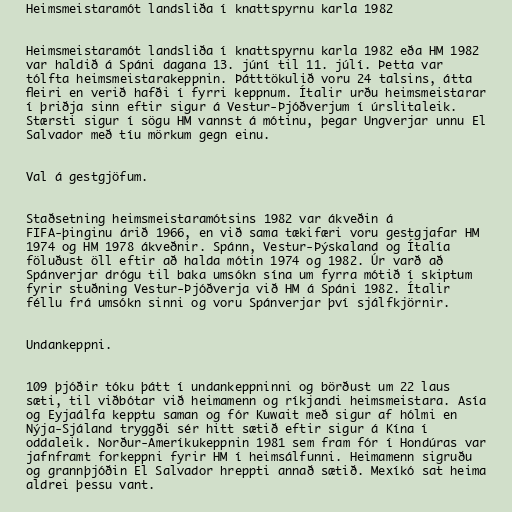
Heimsmeistaramót landsliða í knattspyrnu karla 1982

Heimsmeistaramót landsliða í knattspyrnu karla 1982 eða HM 1982
var haldið á Spáni dagana 13. júní til 11. júlí. Þetta var
tólfta heimsmeistarakeppnin. Þátttökulið voru 24 talsins, átta
fleiri en verið hafði í fyrri keppnum. Ítalir urðu heimsmeistarar
í þriðja sinn eftir sigur á Vestur-Þjóðverjum í úrslitaleik.
Stærsti sigur í sögu HM vannst á mótinu, þegar Ungverjar unnu El
Salvador með tíu mörkum gegn einu.

Val á gestgjöfum.

Staðsetning heimsmeistaramótsins 1982 var ákveðin á
FIFA-þinginu árið 1966, en við sama tækifæri voru gestgjafar HM
1974 og HM 1978 ákveðnir. Spánn, Vestur-Þýskaland og Ítalía
föluðust öll eftir að halda mótin 1974 og 1982. Úr varð að
Spánverjar drógu til baka umsókn sína um fyrra mótið í skiptum
fyrir stuðning Vestur-Þjóðverja við HM á Spáni 1982. Ítalir
féllu frá umsókn sinni og voru Spánverjar því sjálfkjörnir.

Undankeppni.

109 þjóðir tóku þátt í undankeppninni og börðust um 22 laus
sæti, til viðbótar við heimamenn og ríkjandi heimsmeistara. Asía
og Eyjaálfa kepptu saman og fór Kuwait með sigur af hólmi en
Nýja-Sjáland tryggði sér hitt sætið eftir sigur á Kína í
oddaleik. Norður-Ameríkukeppnin 1981 sem fram fór í Hondúras var
jafnframt forkeppni fyrir HM í heimsálfunni. Heimamenn sigruðu
og grannþjóðin El Salvador hreppti annað sætið. Mexíkó sat heima
aldrei þessu vant.